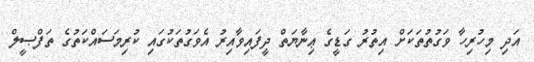
އަދި މިހުރިހާ ވަގުތުތަކަށް އިތުރު ގަޑީގެ ޢިނާޔަތް ދީފައިވާއިރު އެވަގުތަކުގައި ކުރިމަސައްކަތުގެ ތަފްޞީލް